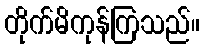
တိုက်မိကုန်ကြသည်။